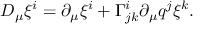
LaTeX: { \cal D } _ { \mu } \xi ^ { i } = \partial _ { \mu } \xi ^ { i } + \Gamma _ { j k } ^ { i } \partial _ { \mu } q ^ { j } \xi ^ { k } .